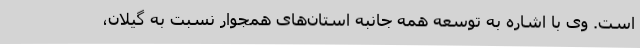
است. وی با اشاره به توسعه همه جانبه استان‌های همجوار نسبت به گیلان،